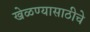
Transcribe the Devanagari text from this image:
खेळण्यासाठीचे